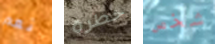
نعم خطرة شخص